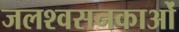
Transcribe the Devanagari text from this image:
जलश्वसनकाओं